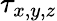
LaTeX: \tau_{x,y,z}